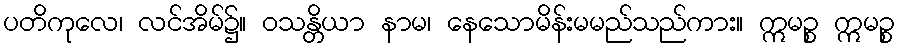
ပတိကုလေ၊ လင်အိမ်၌။ ဝသန္တိယာ နာမ၊ နေသောမိန်းမမည်သည်ကား။ ဣမဉ္စ ဣမဉ္စ